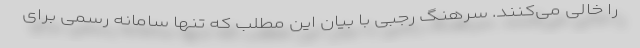
را خالی می‌کنند. سرهنگ رجبی با بیان این مطلب که تنها سامانه رسمی برای